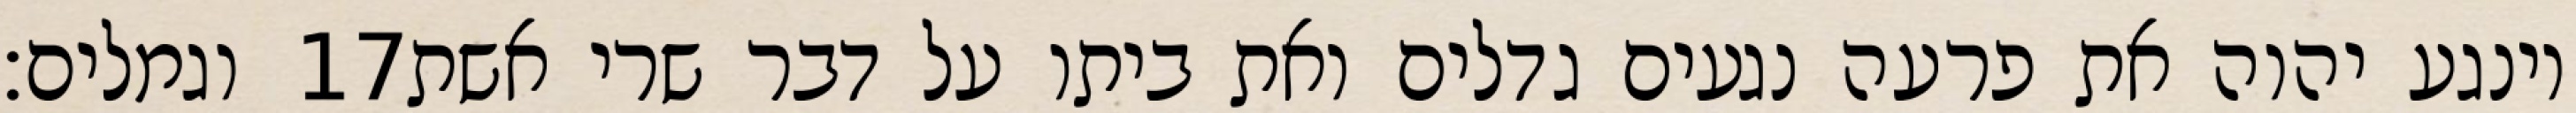
וגמלים׃ ‎17‏ וינגע יהוה את פרעה נגעים גדלים ואת ביתו על דבר שרי אשת